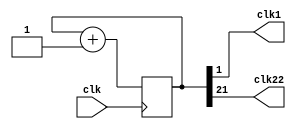
`timescale 1ns / 1ps
//////////////////////////////////////////////////////////////////////////////////
// Company: 
// Engineer: 
// 
// Design Name: 
// Module Name: clock_divisor
// Project Name: 
// Target Devices: 
// Tool Versions: 
// Description: 
// 
// Dependencies: 
// 
// Revision:
// Revision 0.01 - File Created
// Additional Comments:
// 
//////////////////////////////////////////////////////////////////////////////////


module clock_divisor(clk1, clk, clk22);
input clk;
output clk1;
output clk22;
reg [21:0] num;
wire [21:0] next_num;

always @(posedge clk) begin
  num <= next_num;
end

assign next_num = num + 1'b1;
assign clk1 = num[1];
assign clk22 = num[21];
endmodule